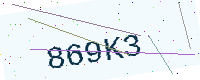
Text: 869K3